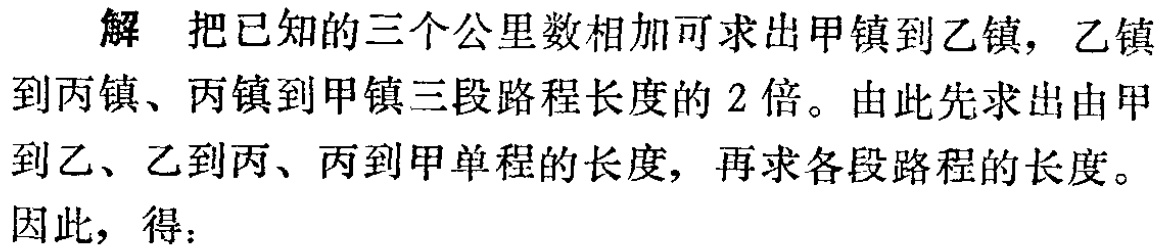
解 把已知的三个公里数相加可求出甲镇到乙镇，乙镇到丙镇、丙镇到甲镇三段路程长度的 2 倍。由此先求出由甲到乙、乙到丙、丙到甲单程的长度，再求各段路程的长度。
因此，得：